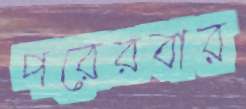
পরেরবার